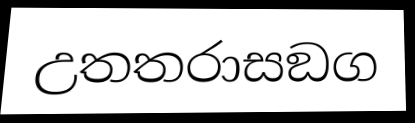
උතතරාසඞග